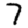
Digit: 7